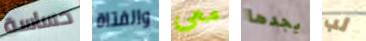
حساسة والفتاة معى يجدها لب